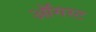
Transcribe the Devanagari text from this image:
ऑॅगस्ट